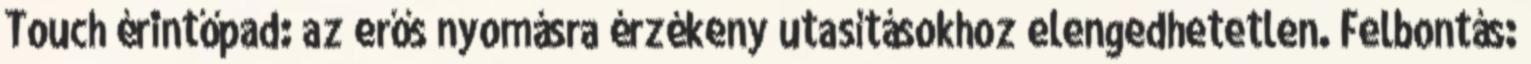
Touch érintőpad: az erős nyomásra érzékeny utasításokhoz elengedhetetlen. Felbontás: